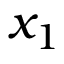
x _ { 1 }